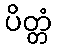
ပိတ္တံ